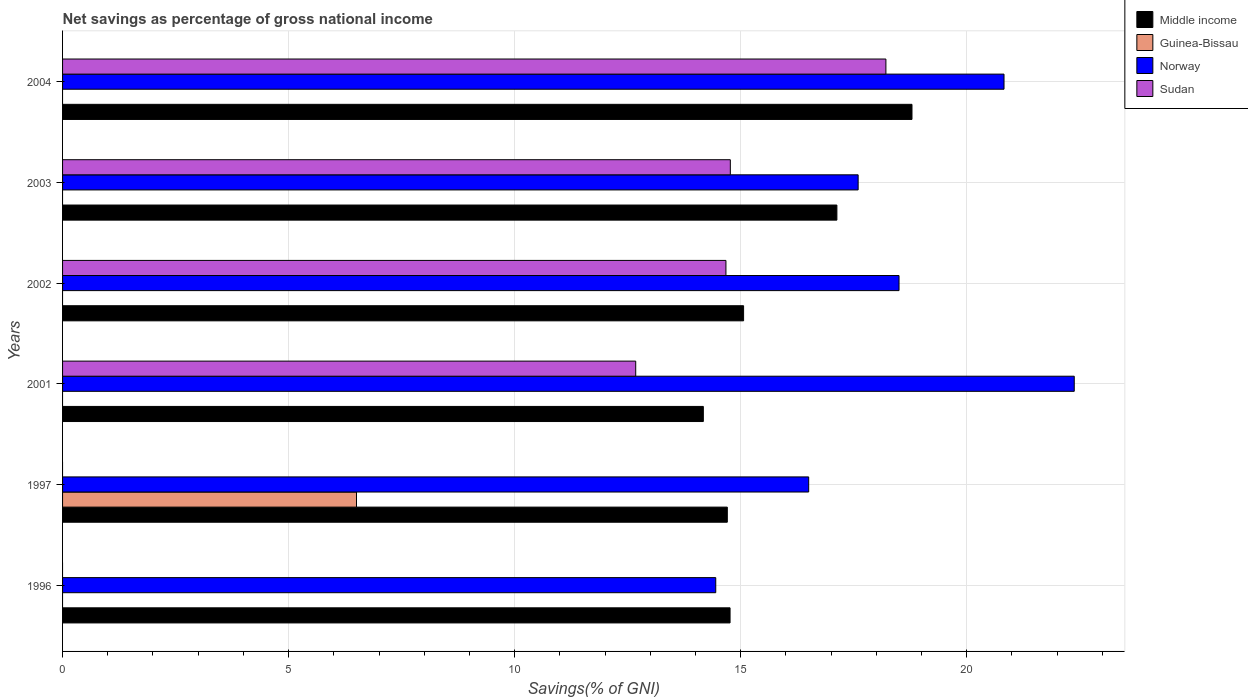
| Years | Middle income | Guinea-Bissau | Norway | Sudan |
 | --- | --- | --- | --- | --- |
 | 1996 | 14.8 | -1.38 | 14.4 | -8.44 |
 | 1997 | 14.7 | 6.5 | 16.5 | -0.594 |
 | 2001 | 14.2 | -6.67 | 22.4 | 12.7 |
 | 2002 | 15.1 | -1.62 | 18.5 | 14.7 |
 | 2003 | 17.1 | -1.78 | 17.6 | 14.8 |
 | 2004 | 18.8 | -0.341 | 20.8 | 18.2 |